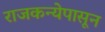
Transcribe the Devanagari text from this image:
राजकन्येपासून